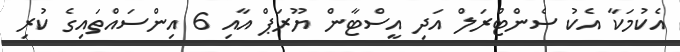
އެކުމަކާ އެކު ސެންޓްރަލް އަދި އީސްޓާން ޔޫރަޕް އާއި 6 އިންސައްތައިގެ ކުރި